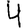
Digit: 4